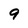
Character: 9